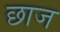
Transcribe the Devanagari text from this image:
छाज